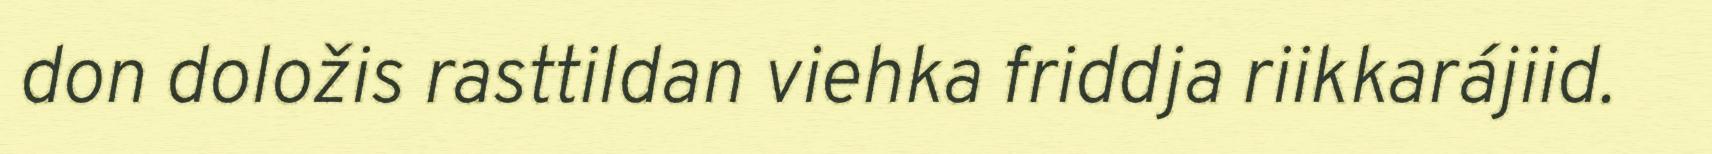
don doložis rasttildan viehka friddja riikkarájiid.